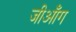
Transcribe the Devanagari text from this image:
जीआँग